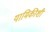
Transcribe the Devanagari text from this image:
यामिकीशी